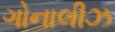
ગોનાલીઝ